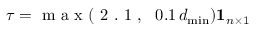
\tau = \mathrm { ~ m ~ a ~ x ~ ( ~ 2 ~ . ~ 1 ~ , ~ \, ~ } 0 . 1 \, d _ { \mathrm { m i n } } ) \mathbf { 1 } _ { n \times 1 } \, \,